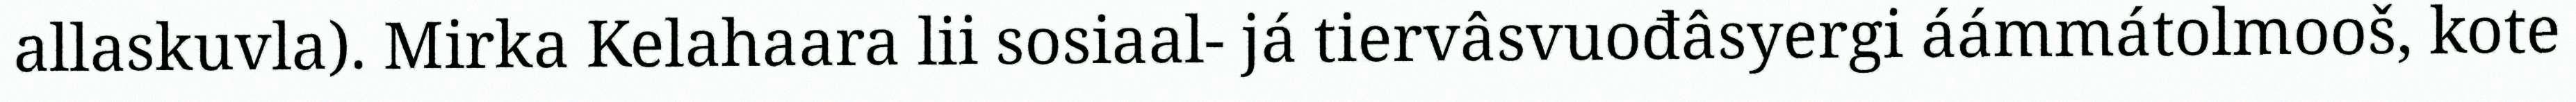
allaskuvla). Mirka Kelahaara lii sosiaal- já tiervâsvuođâsyergi áámmátolmooš, kote